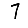
Digit: 7